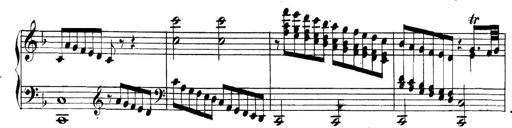
Title: Collected Piano Sonatas
Composer: Muzio Clementi